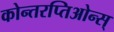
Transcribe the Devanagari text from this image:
कोन्तरप्तिओन्स्